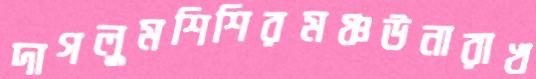
দাগলুমশিশিরমঞ্চউনারাখ